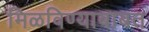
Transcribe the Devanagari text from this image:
मिळविण्याबाबत